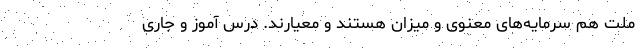
ملت هم سرمایه‌های معنوی و میزان هستند و معیارند. درس آموز و جاری